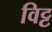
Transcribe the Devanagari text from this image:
विट्ट